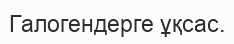
Галогендерге ұқсас.